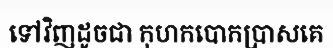
ទៅវិញដូចជា កុហកបោកប្រាសគេ